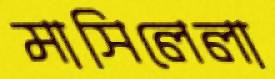
মাসিলেলা